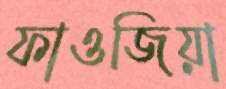
ফাওজিয়া